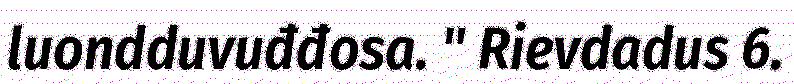
luondduvuđđosa. " Rievdadus 6.